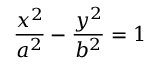
{ \frac { x ^ { 2 } } { a ^ { 2 } } } - { \frac { y ^ { 2 } } { b ^ { 2 } } } = 1